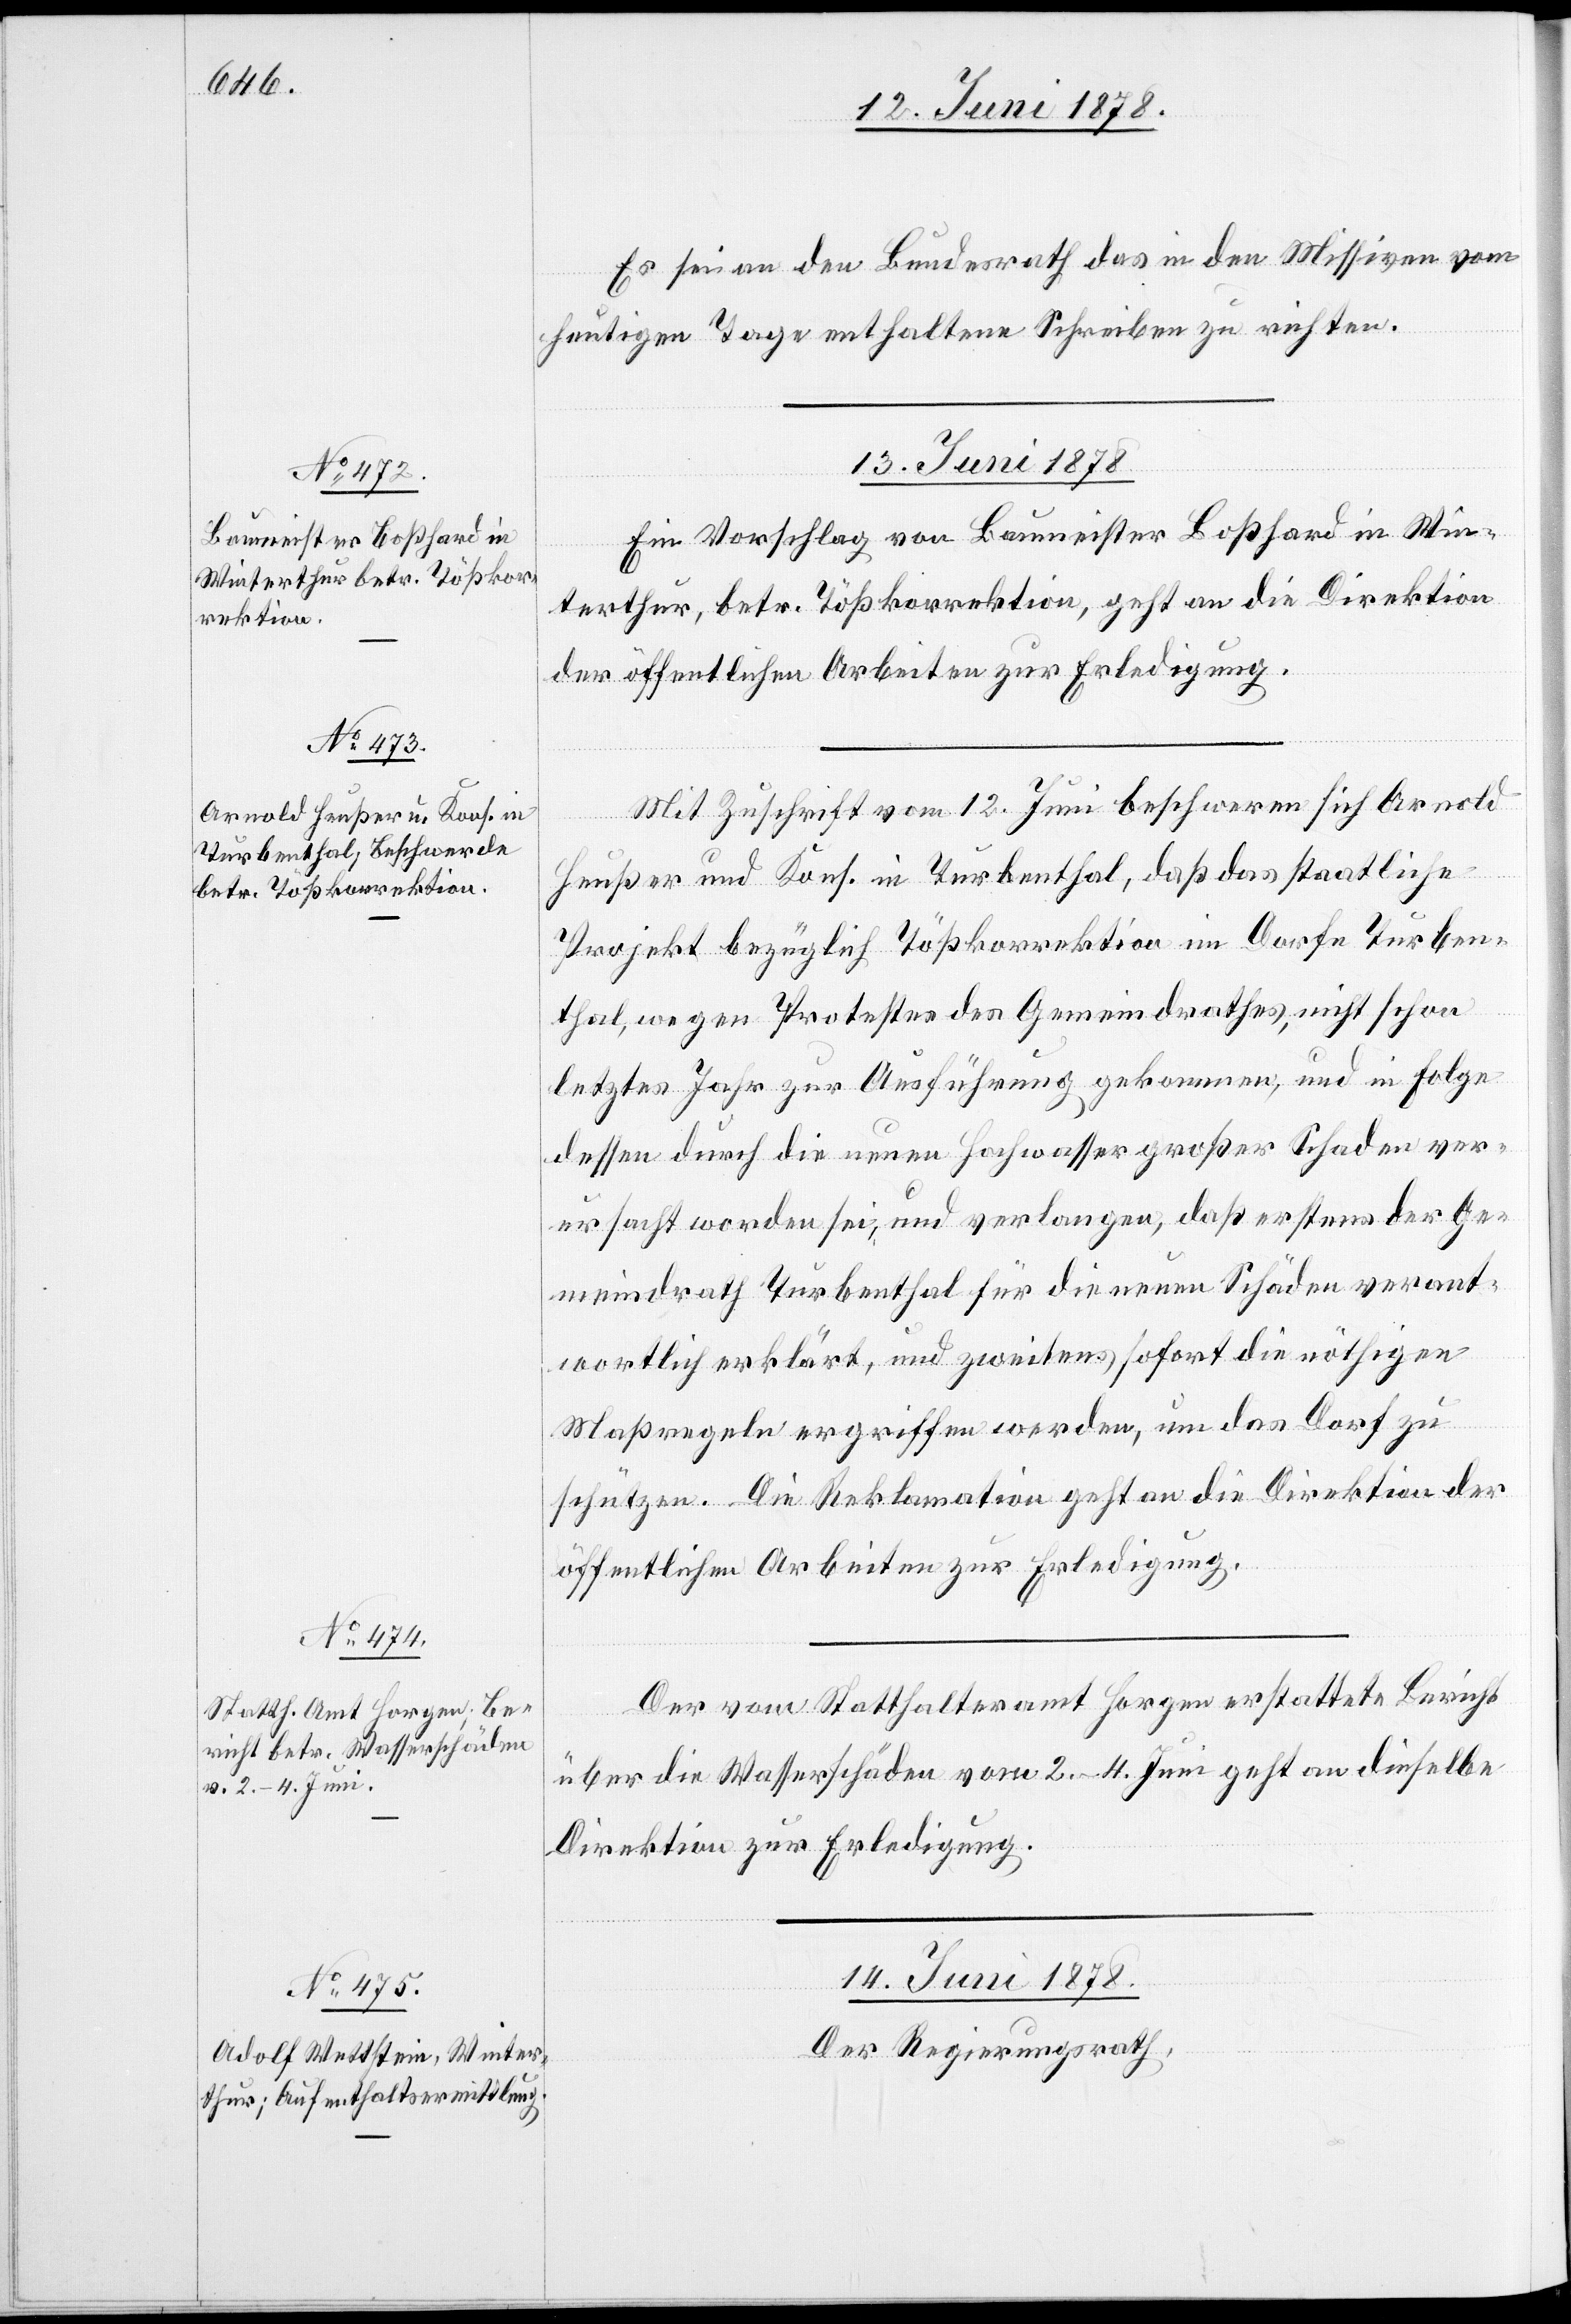
13. Juni 1878.]
Es sei an den Bundesrath das in den Missiven vom
heutigen Tage enthaltene Schreiben zu richten.
13. Juni 1878.
Ein Vorschlag von Baumeister Boßhard in Win¬
terthur, betr. Tößkorrektion, geht an die Direktion
der öffentlichen Arbeiten zur Erledigung.
Mit Zuschrift vom 12. Juni beschweren sich Arnold
Heußer und Kons. in Turbenthal, daß das staatliche
Projekt bezüglich Tößkorrektion im Dorfe Turben¬
thal, wegen Protestes des Gemeindrathes, nicht schon
letztes Jahr zur Ausführung gekommen, und in Folge
dessen durch die neuen Hochwasser großer Schaden ver¬
ursacht worden sei, und verlangen, daß erstens der Ge¬
meindrath Turbenthal für die neuen Schäden verant¬
wortlich erklärt, und zweitens sofort die nöthigen
Maßregeln ergriffen werden, um das Dorf zu
schützen. Die Reklamation geht an die Direktion der
öffentlichen Arbeiten zur Erledigung.
Der vom Statthalteramt Horgen erstattete Bericht
über die Wasserschäden vom 2.–4. Juni geht an dieselbe
Direktion zur Erledigung.
14. Juni 1878.
Der Regierungsrath,